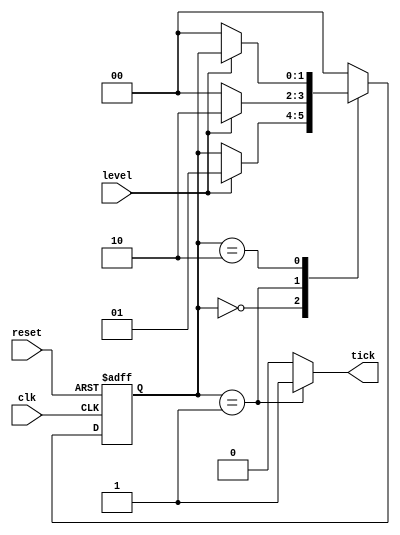
module edge_detect_moore 
( 
input wire clk, reset, 
input wire level, 
output reg tick 
); 
localparam [1:0] 
zero = 2'b00, 
edg = 2'b01, 
one = 2'b10; 
reg [1:0] state_reg , state_next;
always @ (posedge clk , posedge reset) 
	if(reset) 
		state_reg <= zero; 
	else 
		state_reg <= state_next;
always @*
begin 
	state_next = state_reg;  
	tick = 1'b0;  
	case (state_reg) 
		zero: 
			if(level) 
				state_next = edg;
		edg: 
			begin 
				tick = 1'b1; 
				if(level) 
					state_next = one; 
				else 
					state_next = zero; 
			end 
		one: 
			if(~level) 
				state_next = zero; 
		default : state_next = zero;
	endcase
end
endmodule